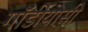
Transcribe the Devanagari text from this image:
गॉर्डीयासी